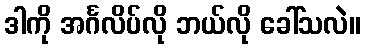
ဒါကို အင်္ဂလိပ်လို ဘယ်လို ခေါ်သလဲ။